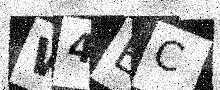
Text: W4EC